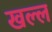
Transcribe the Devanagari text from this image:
खल्ल